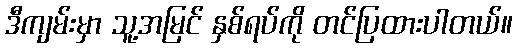
ဒီကျမ်းမှာ သူ့အမြင် နှစ်ရပ်ကို တင်ပြထားပါတယ်။